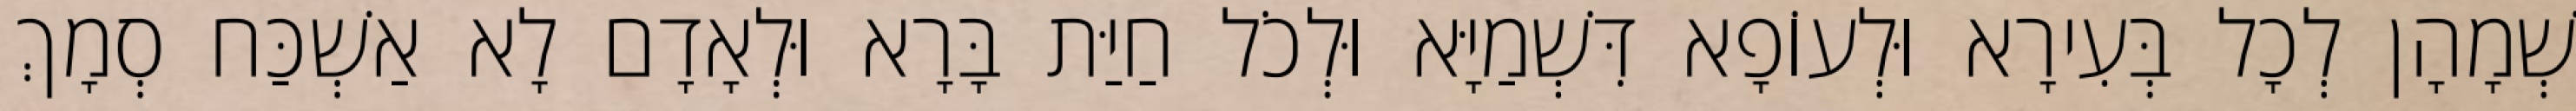
שְׁמָהָן לְכָל בְּעִירָא וּלְעוֹפָא דִּשְׁמַיָּא וּלְכֹל חַיַּת בָּרָא וּלְאָדָם לָא אַשְׁכַּח סְמָךְ